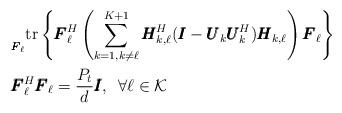
LaTeX: \begin{align*} &\underset{\pmb{F}_\ell}{} \mathrm{tr}\left\{\pmb{F}_\ell^H\left(\sum\limits_{k=1,k \neq \ell}^{K+1}\pmb{H}_{k,\ell}^H(\pmb{I}- \pmb{U}_k\pmb{U}_k^H)\pmb{H}_{k,\ell}\right)\pmb{F}_\ell\right\}\\ & \pmb{F}_\ell^H\pmb{F}_\ell = \frac{P_t}{d}\pmb{I}, \,\,\, \forall \ell \in \mathcal{K}\end{align*}